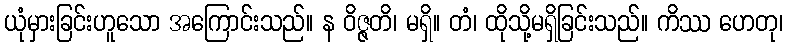
ယုံမှားခြင်းဟူသော အကြောင်းသည်။ န ဝိဇ္ဇတိ၊ မရှိ။ တံ၊ ထိုသို့မရှိခြင်းသည်။ ကိဿ ဟေတု၊